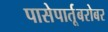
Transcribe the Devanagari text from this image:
पासेपार्तूबरोबर